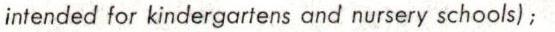
intended for kindergartens and nursery schools);